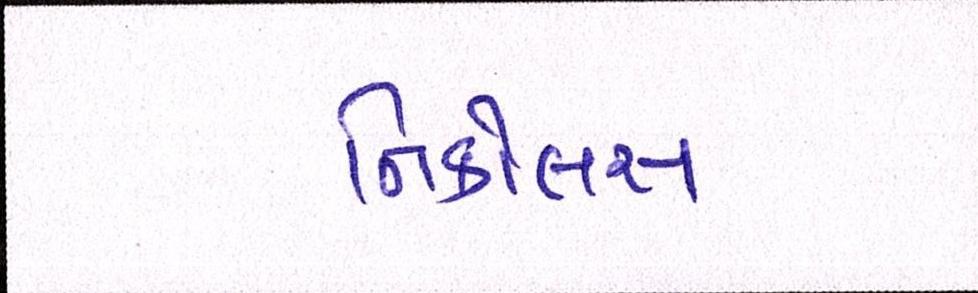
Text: નિકોલસ